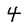
Character: 4